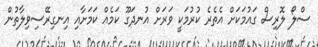
ސްލޯ ލޮރިސް ގައުމަކަށް އެތެރެ ކުރުމަކީ ވަރަށް އުނދަގޫ ކަމެއް ކަމަށާއި އިނގިރޭސިވިލާތުން